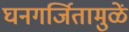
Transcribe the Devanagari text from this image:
घनगर्जितामुळें